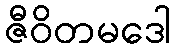
ဇီဝိတမဒေါ